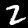
Label: 2